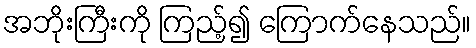
အဘိုးကြီးကို ကြည့်၍ ကြောက်နေသည်။